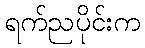
ရက်ညပိုင်းက